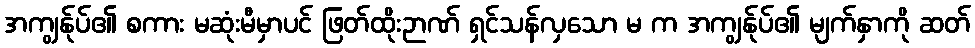
အကျွန်ုပ်၏ စကား မဆုံးမီမှာပင် ဖြတ်ထိုးဉာဏ် ရှင်သန်လှသော မ က အကျွန်ုပ်၏ မျက်နှာကို ဆတ်